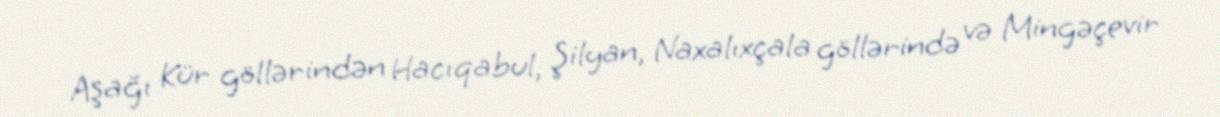
Aşağı Kür göllərindən Hacıqabul, Şilyan, Naxalıxçala göllərində və Mingəçevir